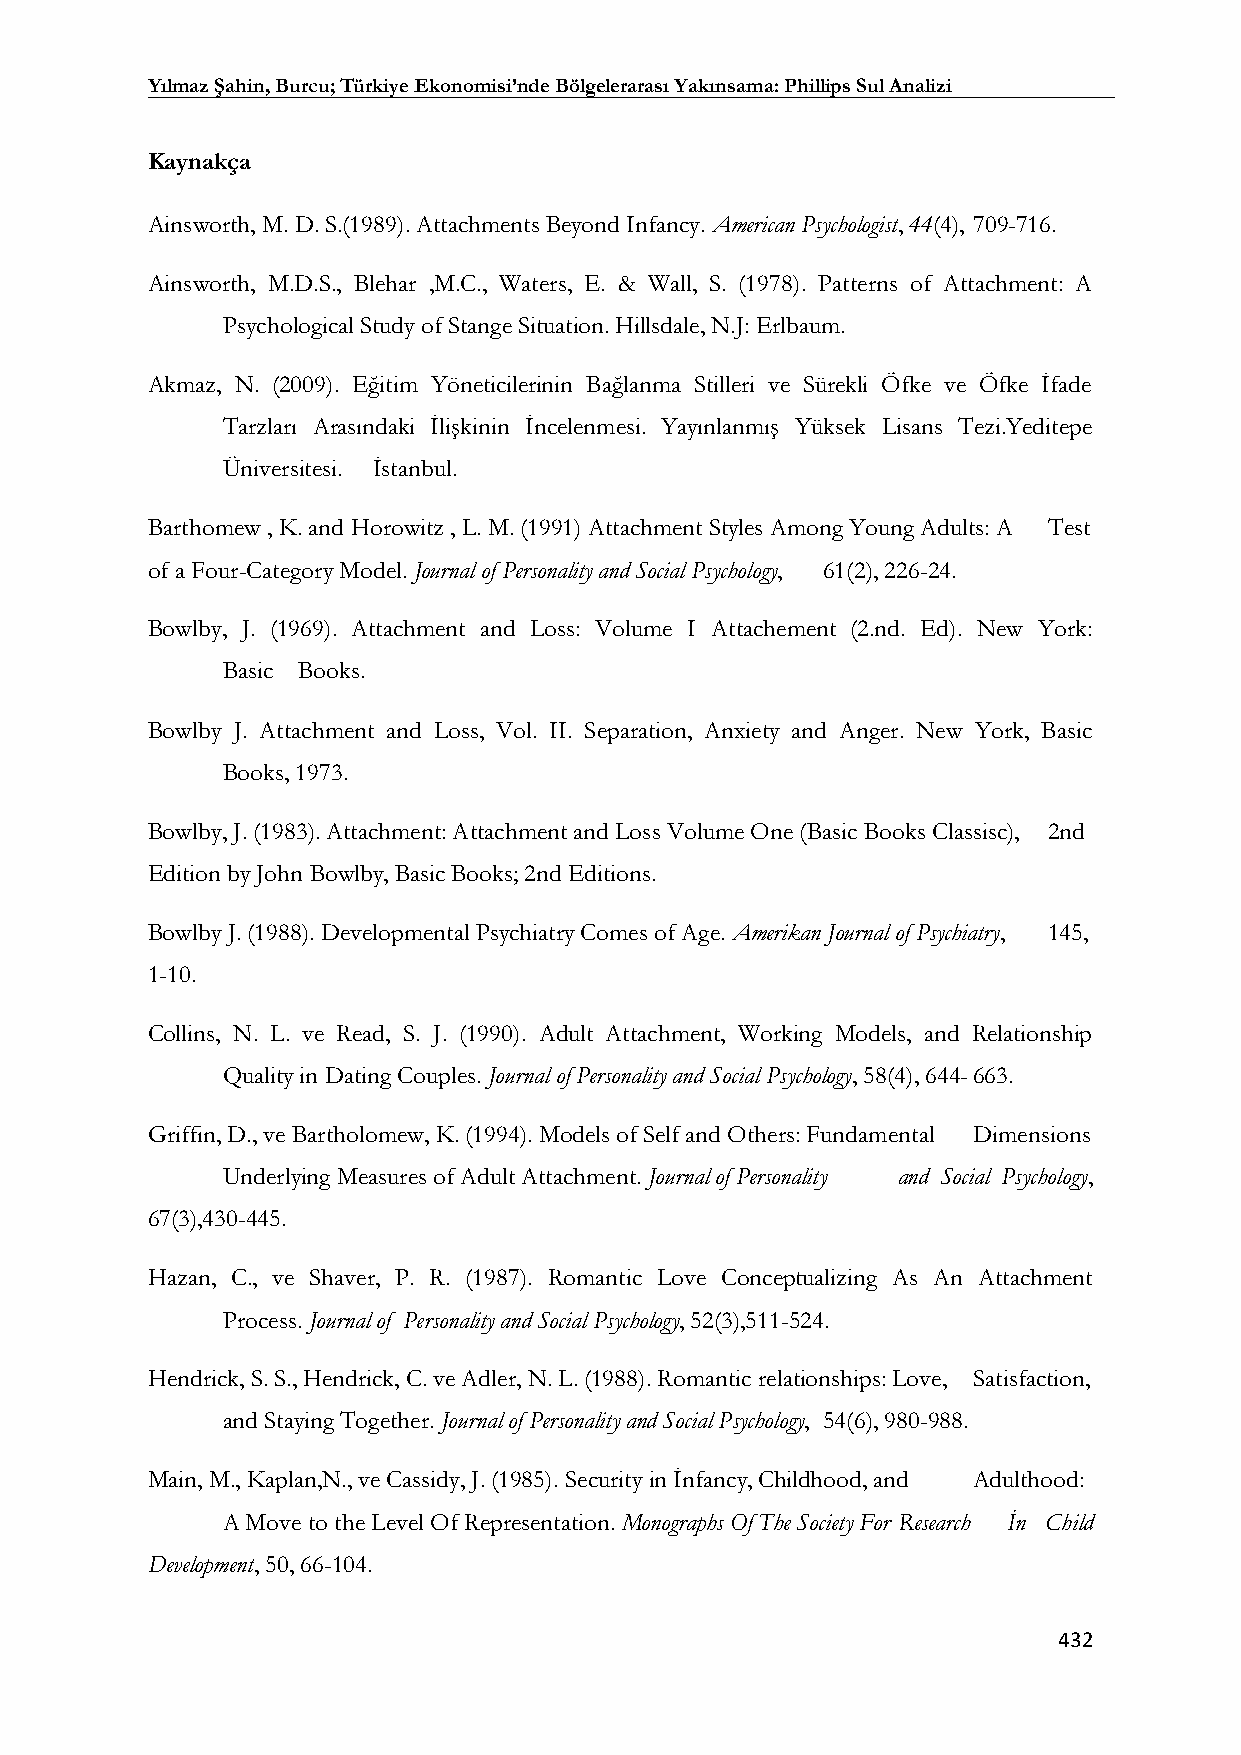
Yılmaz Şahin, Burcu; Türkiye Ekonomisi’nde Bölgelerarası Yakınsama: Phillips Sul Analizi
 Kaynakça
 Ainsworth, M. D. S.(1989). Attachments Beyond Infancy. American Psychologist, 44(4), 709-716.
 Ainsworth, M.D.S., Blehar ,M.C., Waters, E. & Wall, S. (1978). Patterns of Attachment: A
 Psychological Study of Stange Situation. Hillsdale, N.J: Erlbaum.
 Akmaz, N. (2009). Eğitim Yöneticilerinin Bağlanma Stilleri ve Sürekli Öfke ve Öfke İfade
 Tarzları Arasındaki İlişkinin İncelenmesi. Yayınlanmış Yüksek Lisans Tezi.Yeditepe
 Üniversitesi. İstanbul.
 Barthomew , K. and Horowitz , L. M. (1991) Attachment Styles Among Young Adults: A Test
 of a Four-Category Model. Journal of Personality and Social Psychology, 61(2), 226-24.
 Bowlby, J. (1969). Attachment and Loss: Volume I Attachement (2.nd. Ed). New York:
 Basic Books.
 Bowlby J. Attachment and Loss, Vol. II. Separation, Anxiety and Anger. New York, Basic
 Books, 1973.
 Bowlby, J. (1983). Attachment: Attachment and Loss Volume One (Basic Books Classisc), 2nd
 Edition by John Bowlby, Basic Books; 2nd Editions.
 Bowlby J. (1988). Developmental Psychiatry Comes of Age. Amerikan Journal of Psychiatry, 145,
 1-10.
 Collins, N. L. ve Read, S. J. (1990). Adult Attachment, Working Models, and Relationship
 Quality in Dating Couples. Journal of Personality and Social Psychology, 58(4), 644- 663.
 Griffin, D., ve Bartholomew, K. (1994). Models of Self and Others: Fundamental Dimensions
 Underlying Measures of Adult Attachment. Journal of Personality and Social Psychology,
 67(3),430-445.
 Hazan, C., ve Shaver, P. R. (1987). Romantic Love Conceptualizing As An Attachment
 Process. Journal of Personality and Social Psychology, 52(3),511-524.
 Hendrick, S. S., Hendrick, C. ve Adler, N. L. (1988). Romantic relationships: Love, Satisfaction,
 and Staying Together. Journal of Personality and Social Psychology, 54(6), 980-988.
 Main, M., Kaplan,N., ve Cassidy, J. (1985). Security in İnfancy, Childhood, and Adulthood:
 A Move to the Level Of Representation. Monographs Of The Society For Research İn Child
 Development, 50, 66-104.
 432